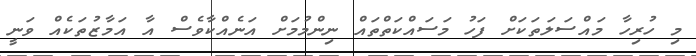
މި ހުރިހާ މައްސަލަތަކަށް ފަހު މަސައްކަތްތައް ނިންމުމަށް އަނެއްކާވެސް އާ އަމާޒުތަކެއް ވަނީ